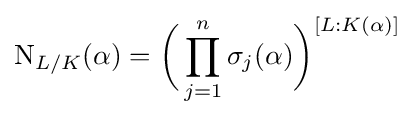
\operatorname {N} _{L/K}(\alpha )={\biggl (}\prod _{j=1}^{n}\sigma _{j}(\alpha ){\biggr )}^{[L:K(\alpha )]}